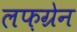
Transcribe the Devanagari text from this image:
लफ़ग्रेन